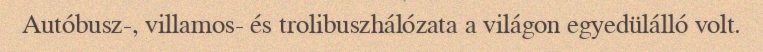
Autóbusz-, villamos- és trolibuszhálózata a világon egyedülálló volt.